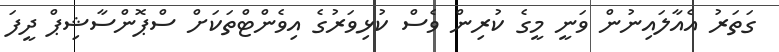
ގަތަރު އެއާލައިނުން ވަނީ މީގެ ކުރިން ވެސް ކުޅިވަރުގެ އިވެންޓްތަކަށް ސްޕޮންސާޝިޕް ދީފަ